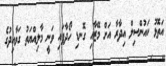
އަތޮޅު ކައުންސިލް އިދާރާ އަށް މޭޒާއި ގޮނޑި ހޯދާފައި ވަނީ މާލިއްޔަތު ގަވާއިދުގެ